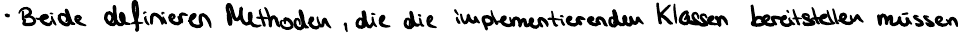
Beide definieren Methoden, die die implementierenden Klassen bereitstellen müssen